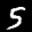
Label: 5